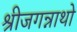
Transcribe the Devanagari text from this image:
श्रीजगन्नाथो